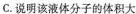
C.说明该液体分子的体积大